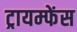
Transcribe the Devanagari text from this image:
ट्रायम्फेंस